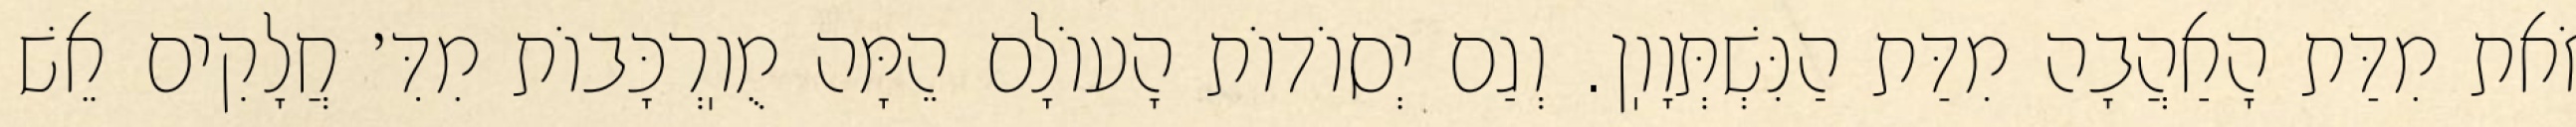
זֹאת מִדַּת הָאַהֲבָה מִדַּת הַנִּשְׁתְּוָוֽן. וְגַם יְסוֹדוֹת הָעוֹלָם הֵמָּה מֻוֽרְכָּבוֹת מִדִּ׳ חֲלָקִים אֵשׁ